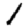
Digit: 1